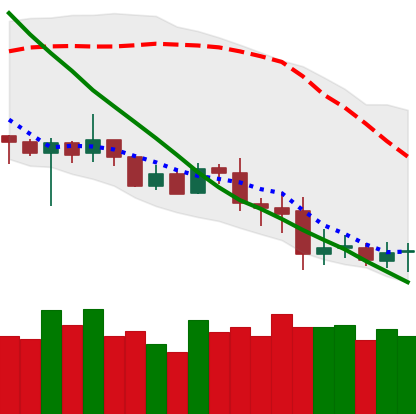
Ticker: XRP-USD
Chart end date: 2020-07-02
Forward return: 4.256%
Label: up_3_5